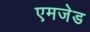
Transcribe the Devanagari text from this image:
एमजेड